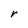
Character: r